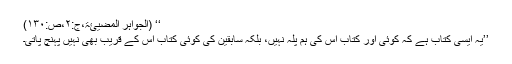
‘‘ (الجواہر المضیئۃ،ج:۲،ص:۱۳۰)
’’یہ ایسی کتاب ہے کہ کوئی اور کتاب اس کی ہم پلہ نہیں، بلکہ سابقین کی کوئی کتاب اس کے قریب بھی نہیں پہنچ پاتی۔